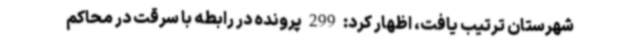
شهرستان ترتیب یافت، اظهار کرد: 299 پرونده در رابطه با سرقت در محاکم